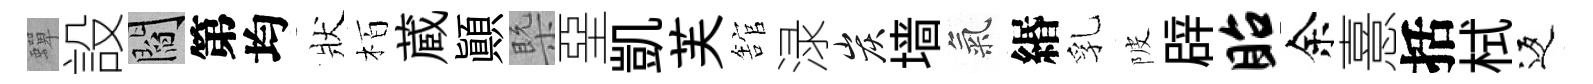
蟬設閻第均狀栢蔵顚槩堊凱芙舘渌炭墙氣緡乳陂辟眙余憙括栻返